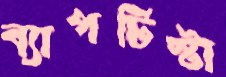
ব্যাপটিস্টা